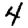
Digit: 4